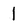
Character: 1